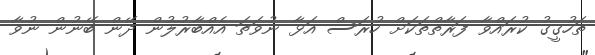
ތަހުގީގު ކުރައްވާ ފަރާތްތަކަށް ހުރަސް އަޅާ ނުވަތަ އެއްބާރުލުން ދޭން ބޭނުން ނުވާ